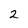
Character: 2